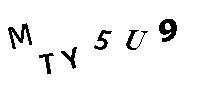
MTY5U9